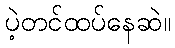
ပဲ့တင်ထပ်နေဆဲ။